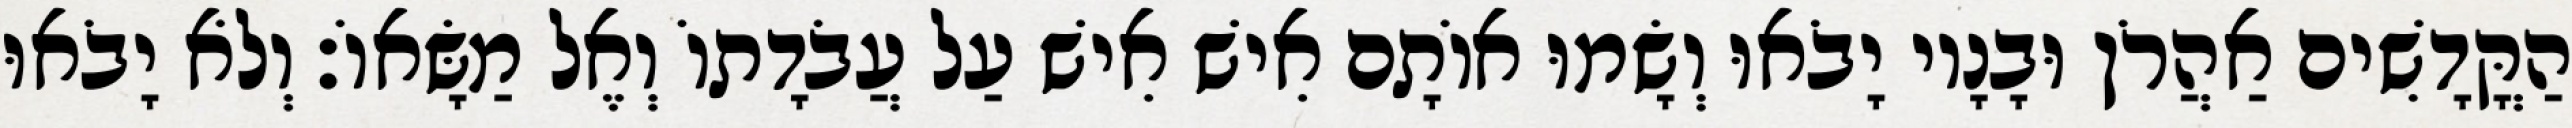
הַקֳּדָשִׁים אַהֲרֹן וּבָנָיו יָבֹאוּ וְשָׂמוּ אוֹתָם אִישׁ אִישׁ עַל עֲבֹדָתוֹ וְאֶל מַשָּׂאוֹ׃ וְלֹא יָבֹאוּ